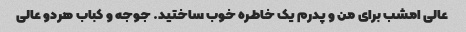
عالی امشب برای من و پدرم یک خاطره خوب ساختید. جوجه و کباب هردو عالی